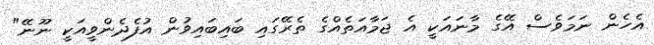
އެހެން ނަމަވެސް އޭގެ މާނައަކީ އެ ޖަމާއަތެއްގެ ތެރޭގައި ބައިބައިވުން އުފެދެންވީއަކީ ނޫނޭ"